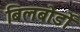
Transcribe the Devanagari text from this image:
बिलबोर्डों